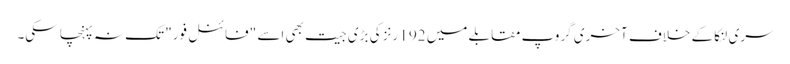
سری لنکا کے خلاف آخری گروپ مقابلے میں 192 رنز کی بڑی جیت بھی اسے "فائنل فور" تک نہ پہنچا سکی۔